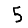
Digit: 5